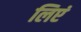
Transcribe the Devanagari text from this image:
लिएं